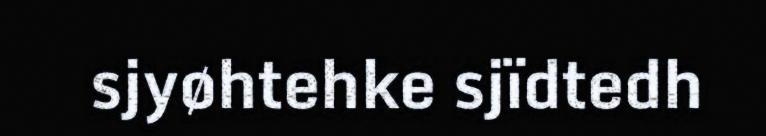
sjyøhtehke sjïdtedh